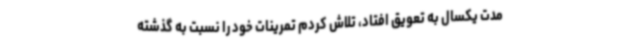
مدت یکسال به تعویق افتاد، تلاش کردم تمرینات خود را نسبت به گذشته